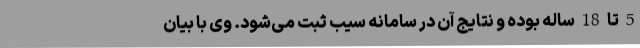
5 تا 18 ساله بوده و نتایج آن در سامانه سیب ثبت می‌شود. وی با بیان